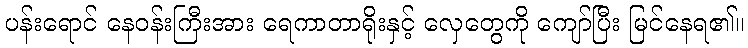
ပန်းရောင် နေဝန်းကြီးအား ရေကာတာရိုးနှင့် လှေတွေကို ကျော်ပြီး မြင်နေရ၏။